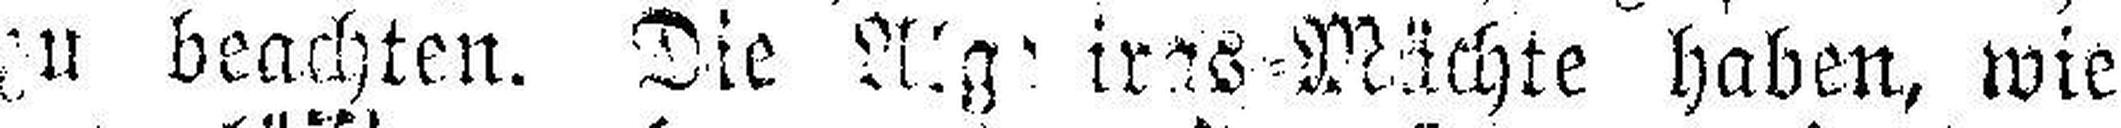
zu beachten. Die Alg###iras=Mächte haben, wie